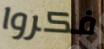
فكروا